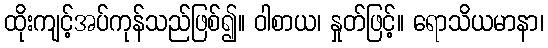
ထိုးကျင့်အပ်ကုန်သည်ဖြစ်၍။ ဝါစာယ၊ နှုတ်ဖြင့်။ ရောသိယမာနာ၊